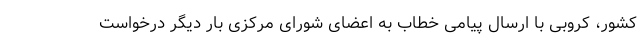
کشور، کروبی با ارسال پیامی خطاب به اعضای شورای مرکزی بار دیگر درخواست